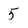
Character: 5